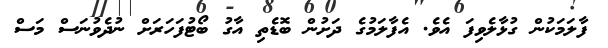
ފާލަމަކުން ގުޅާލެވިފަ އެވެ. އެފާލަމުގެ ދަށުން ބޮޑެތި އާގު ބޯޓުފަހަރަށް ނުދެވުނަސް މަސް